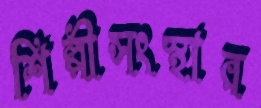
শিল্পীসংস্থার